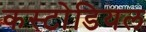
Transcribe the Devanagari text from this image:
कस्टोडियल